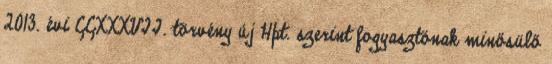
2013. évi CCXXXVII. törvény új Hpt. szerint fogyasztónak minősülő